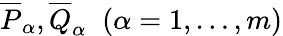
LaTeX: \overline{{{P}}}_{\alpha},\overline{{{Q}}}_{\alpha}\; \; (\alpha=1,\dots,m)